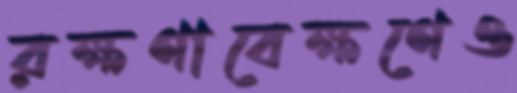
রক্ষণাবেক্ষণেও